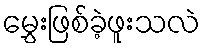
မွှေးဖြစ်ခဲ့ဖူးသလဲ